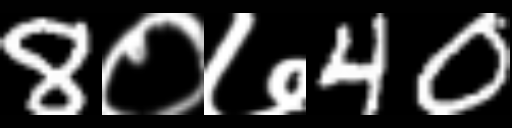
Text: 8०७40